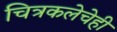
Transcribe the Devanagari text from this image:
चित्रकलेचेही